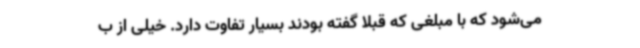
می‌شود که با مبلغی که قبلا گفته بودند بسیار تفاوت دارد. خیلی از ب